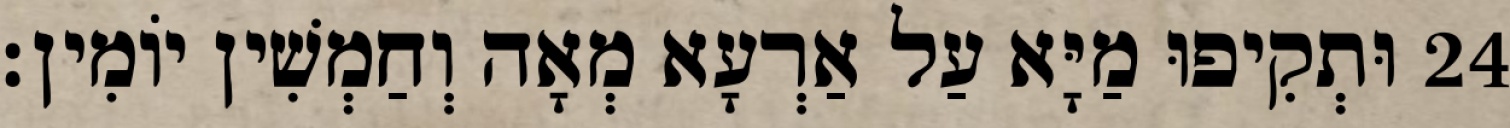
24 וּתְקִיפוּ מַיָּא עַל אַרְעָא מְאָה וְחַמְשִׁין יוֹמִין׃